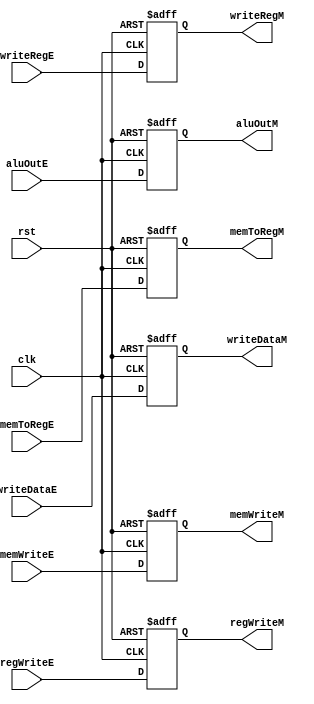
module Memory_Register (
    input     wire             regWriteE, memToRegE, memWriteE,
    input     wire   [31:0]    aluOutE, writeDataE,
    input     wire   [4:0]     writeRegE,
    input     wire             clk, rst,
    output    reg              regWriteM, memToRegM, memWriteM,
    output    reg    [31:0]    aluOutM, writeDataM,
    output    reg    [4:0]     writeRegM
);

always @(posedge clk or negedge rst)
    begin
        if (!rst)
            begin
                regWriteM    <=    1'b0; 
                memToRegM    <=    1'b0;
                memWriteM    <=    1'b0;
                aluOutM      <=    32'b0; 
                writeDataM   <=    32'b0;
                writeRegM    <=    5'b0;
            end
        else
            begin
                regWriteM    <=   regWriteE; 
                memToRegM    <=   memToRegE;
                memWriteM    <=   memWriteE;
                aluOutM      <=   aluOutE; 
                writeDataM   <=   writeDataE;
                writeRegM    <=   writeRegE;
            end
    end
endmodule